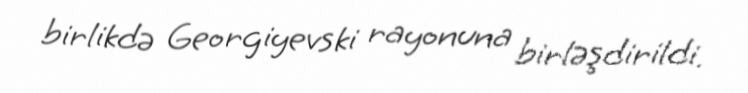
birlikdə Georgiyevski rayonuna birləşdirildi.